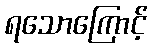
ရသောကြောင့်